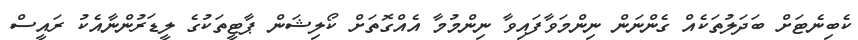
ކެބިނެޓަށް ބަދަލުތަކެއް ގެންނަން ނިންމަވާފައިވާ ނިންމުމާ އެއްގޮތަށް ކޯލިޝަން ޕާޓީތަކުގެ ލީޑަރުންނާއެކު ރައީސް